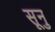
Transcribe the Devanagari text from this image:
सूनु